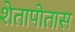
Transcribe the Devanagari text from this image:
शेतापोतास